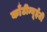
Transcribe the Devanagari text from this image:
काँटीन्यूईटी